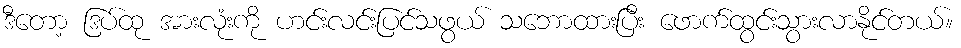
ဒီတော့ ဒြပ်ထု အားလုံးကို ဟင်းလင်းပြင်သဖွယ် သဘောထားပြီး ဖောက်ထွင်းသွားလာနိုင်တယ်။